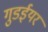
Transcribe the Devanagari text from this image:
गुडईयर